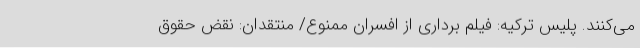
می‌کنند. پلیس ترکیه: فیلم برداری از افسران ممنوع/ منتقدان: نقض حقوق